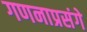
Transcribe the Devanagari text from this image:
गणनाप्रसंगे